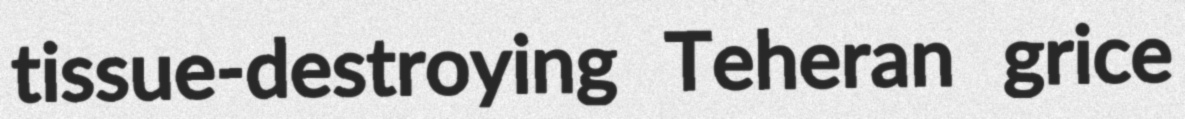
tissue-destroying Teheran grice